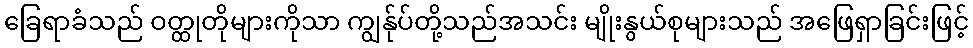
ခြေရာခံသည် ဝတ္ထုတိုများကိုသာ ကျွန်ုပ်တို့သည်အသင်း မျိုးနွယ်စုများသည် အဖြေရှာခြင်းဖြင့်